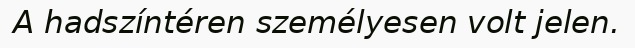
A hadszíntéren személyesen volt jelen.